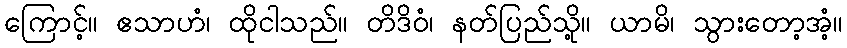
ကြောင့်။ ဧသာဟံ၊ ထိုငါသည်။ တိဒိဝံ၊ နတ်ပြည်သို့။ ယာမိ၊ သွားတော့အံ့။